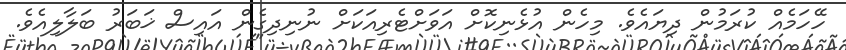
ހޭހަމެއް ކުރަމުން ދިޔައެވެ. މިހެން އުޅެނިކޮށް އަވަށްޓެރިއަކަށް ނުނިދިގެން އައިސް ޚަބަރު ބަލާލިއެވެ.